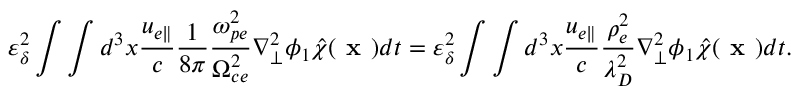
\varepsilon _ { \delta } ^ { 2 } \int \int d ^ { 3 } x \frac { u _ { e \parallel } } { c } \frac { 1 } { 8 \pi } \frac { \omega _ { p e } ^ { 2 } } { \Omega _ { c e } ^ { 2 } } \nabla _ { \perp } ^ { 2 } \phi _ { 1 } \hat { \chi } ( \textbf { x } ) d t = \varepsilon _ { \delta } ^ { 2 } \int \int d ^ { 3 } x \frac { u _ { e \parallel } } { c } \frac { \rho _ { e } ^ { 2 } } { \lambda _ { D } ^ { 2 } } \nabla _ { \perp } ^ { 2 } \phi _ { 1 } \hat { \chi } ( \textbf { x } ) d t .